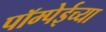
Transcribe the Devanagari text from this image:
पॉम्पेईच्या